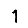
Digit: 1